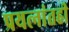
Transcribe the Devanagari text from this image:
प्रयत्‍नांतही